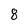
Character: 8